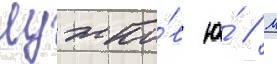
Лужко́в ю́ // М